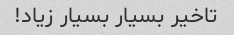
تاخیر بسیار بسیار زیاد!